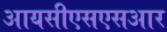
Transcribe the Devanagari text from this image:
आयसीएसएसआर